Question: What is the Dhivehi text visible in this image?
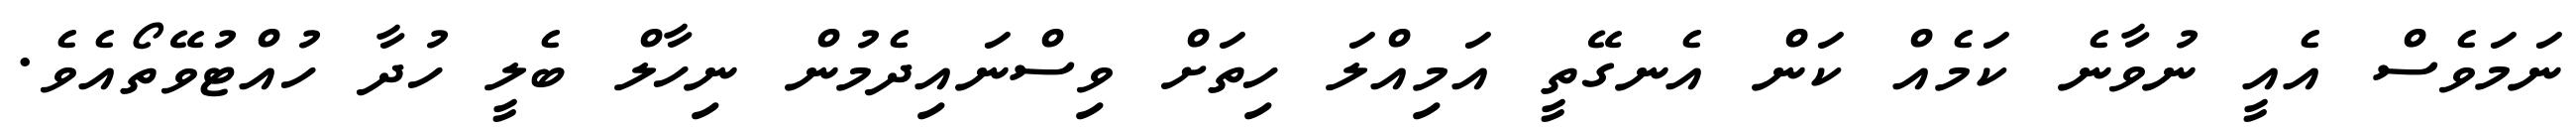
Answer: ނަމަވެސް އެއީ ނުވާނެ ކަމެއް ކަން އެނގޭތީ އަމިއްލަ ހިތަށް ވިސްނައިދެމުން ނިހާލް ބެލީ ހުދާ ހުއްޓުވޭތޯއެވެ.